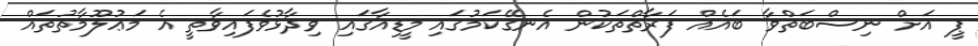
ޕީ އަށް ނިސްބަތްވާ ބައެއް ފަރާތްތަކުން އެނގޭކަމުގައި މީޑިއާގައި ވިދާޅުވެފައިވާތީ އެ މަޢުލޫމާތުތައް